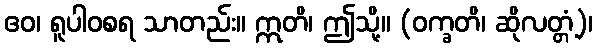
ဧဝ၊ ရူပါဝစရ သာတည်း။ ဣတိ၊ ဤသို့။ (ဝက္ခတိ၊ ဆိုလတ္တံ့)၊